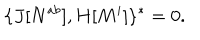
\{ J [ N ^ { a b } ] , H [ M ^ { i } ] \} ^ { * } = 0 .